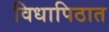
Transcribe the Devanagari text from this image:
विधापिठात